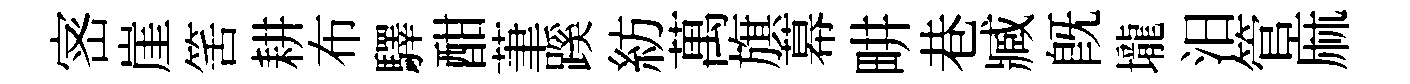
宻崖筈耕布驛酣茟蹊紡萬旗幕畊巷臧旣壠汨管麻